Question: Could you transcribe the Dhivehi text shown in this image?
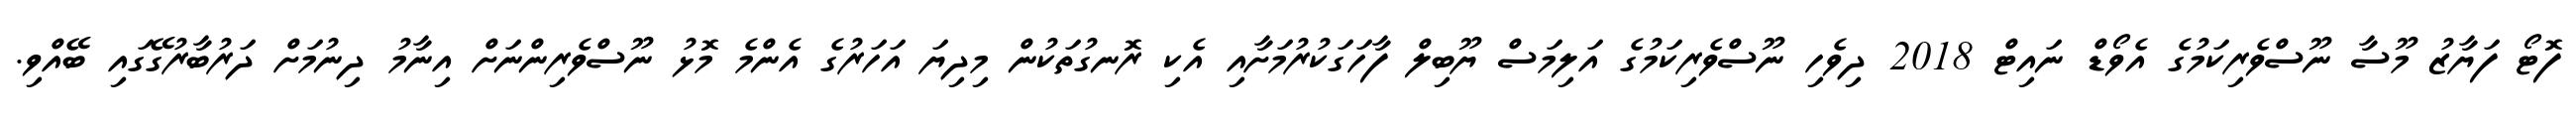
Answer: ފޮޓޯ ފަޔާޒު މޫސާ ނޫސްވެރިކަމުގެ އެވޯޑް ނައިޓް 2018 ދިވެހި ނޫސްވެރިކަމުގެ އަލިމަސް ޔޫބިލް ފާހަގަކުރުމަށާއި އެކި ރޮނގުތަކުން މިދިޔަ އަހަރުގެ އެންމެ މޮޅު ނޫސްވެރިންނަށް އިނާމު ދިނުމަށް ދަރުބާރުގޭގައި ބޭއްވި.